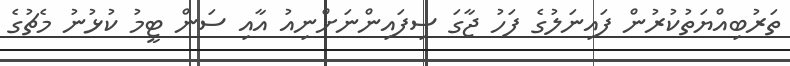
ތަރުބިއްޔަތުކުރުން ފައިނަލުގެ ފަހު ޖާގަ ސިފައިންނަށްނިއު އާއި ސަން ޓީމު ކުޅުނު މެޗުގެ